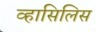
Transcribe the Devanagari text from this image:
व्हासिलिस